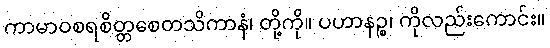
ကာမာဝစရစိတ္တစေတသိကာနံ၊ တို့ကို။ ပဟာနဉ္စ၊ ကိုလည်းကောင်း။